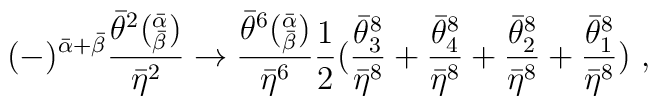
(-)^{{\bar\alpha}+{\bar\beta}}\frac{{\bar\theta}^{2}(^{\bar\alpha}_{\bar\beta})}{{\bar\eta}^2}\rightarrow\frac{{\bar\theta}^{6}(^{\bar\alpha}_{\bar\beta})}{{\bar\eta}^6}{1\over 2}(\frac{{\bar\theta}^{8}_3}{{\bar\eta}^8}+ \frac{{\bar\theta}^{8}_4}{{\bar\eta}^8} +\frac{{\bar\theta}^{8}_2}{{\bar\eta}^8} +\frac{{\bar\theta}^{8}_1}{{\bar\eta}^8})\ ,